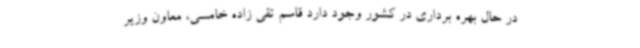
در حال بهره برداری در کشور وجود دارد قاسم تقی زاده خامسی، معاون وزیر